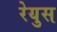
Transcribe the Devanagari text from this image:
रेयुस